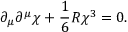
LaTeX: \partial _ { \mu } \partial ^ { \mu } \chi + \frac { 1 } { 6 } R \chi ^ { 3 } = 0 .